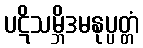
ပဋိသမ္ဘိဒမနုပ္ပတ္တံ